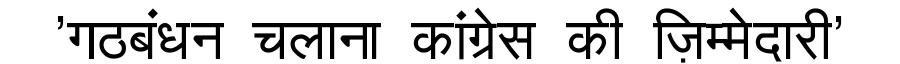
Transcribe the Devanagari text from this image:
'गठबंधन चलाना कांग्रेस की ज़िम्मेदारी'